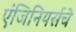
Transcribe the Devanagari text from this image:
एंजिनियर्सचे